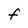
Character: F